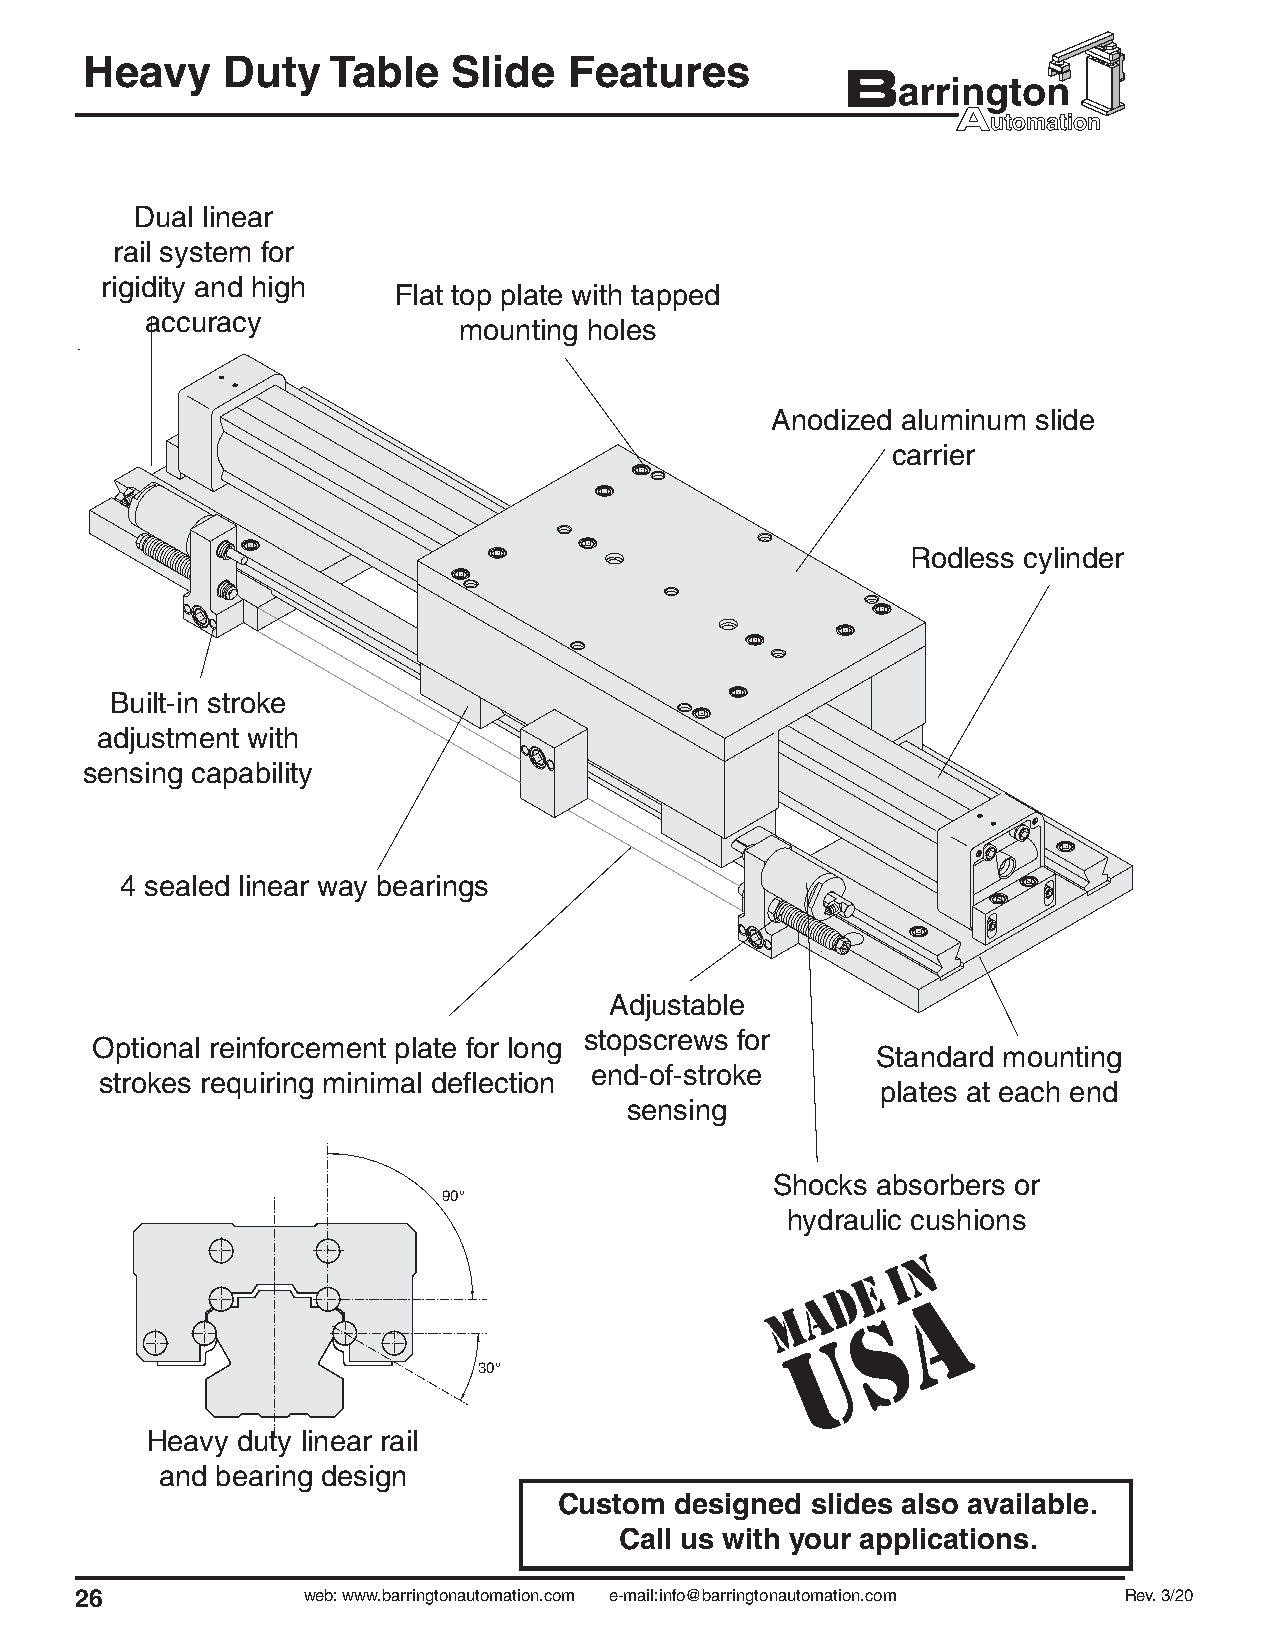
Heavy    Duty   Table   Slide   Features
 Dual linear
 rail system for
 rigidity and high
 Flat top plate with tapped
 accuracy
 mounting holes
 Anodized aluminum slide
 carrier
 Rodless cylinder
 Built-in stroke
 adjustment with
 sensing capability
 4 sealed linear way bearings
 Adjustable
 stopscrews for
 Optional reinforcement plate for long
 Standard mounting
 end-of-stroke
 strokes requiring minimal defl ection
 plates at each end
 sensing
 Shocks absorbers or
 90°
 hydraulic cushions
 30°
 Heavy duty linear rail
 and bearing design
 Custom  designed slides also available.
 Call us with your applications.
 26             web: www.barringtonautomation.com e-mail:info@barringtonautomation.com Rev. 3/20